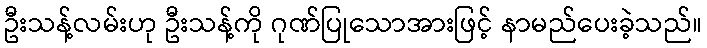
ဦးသန့်လမ်းဟု ဦးသန့်ကို ဂုဏ်ပြုသောအားဖြင့် နာမည်ပေးခဲ့သည်။